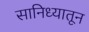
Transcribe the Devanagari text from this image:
सानिध्यातून